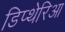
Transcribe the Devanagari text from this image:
डिप्थेरिआ